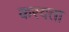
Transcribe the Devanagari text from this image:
करवता